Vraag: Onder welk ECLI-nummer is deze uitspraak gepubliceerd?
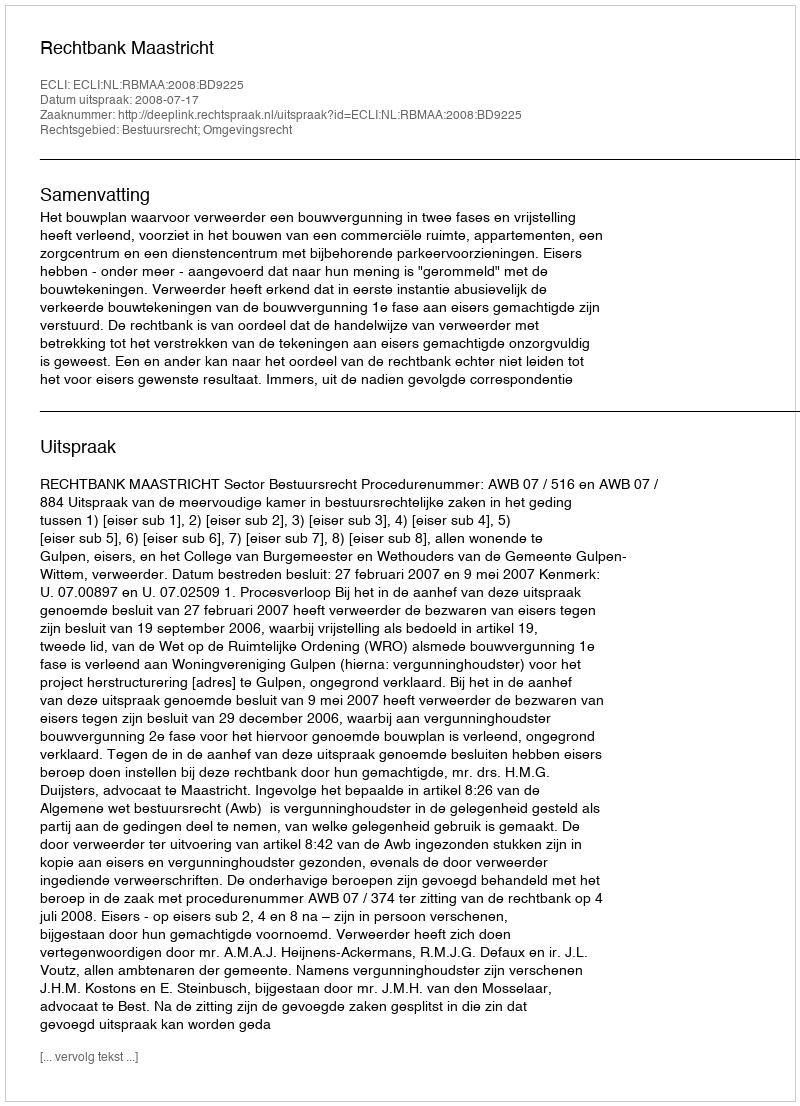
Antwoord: ECLI:NL:RBMAA:2008:BD9225